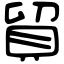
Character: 貿